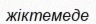
жіктемеде